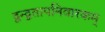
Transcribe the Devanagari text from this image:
द्वन्द्वतापनिवारकम्